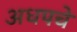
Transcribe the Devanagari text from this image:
अधपचे